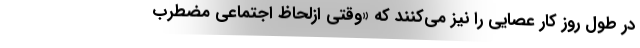
در طول روز کار عصایی را نیز می‌کنند که «وقتی ازلحاظ اجتماعی مضطرب